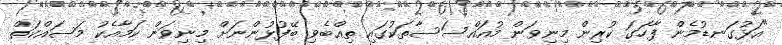
"އަޅުގަނޑުމެން ފާހަގަ ކުރިން މިނިވަން މުއައްސަސާތަކުގައި ތިއްބެވި ބޭފުޅުންނަށް މިނިވަން ކަމާއެކު މަސައްކަތް